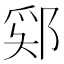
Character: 𫑞